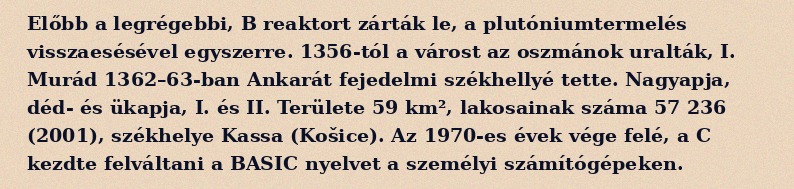
Előbb a legrégebbi, B reaktort zárták le, a plutóniumtermelés visszaesésével egyszerre. 1356-tól a várost az oszmánok uralták, I. Murád 1362–63-ban Ankarát fejedelmi székhellyé tette. Nagyapja, déd- és ükapja, I. és II. Területe 59 km², lakosainak száma 57 236 (2001), székhelye Kassa (Košice). Az 1970-es évek vége felé, a C kezdte felváltani a BASIC nyelvet a személyi számítógépeken.